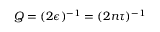
Q = ( 2 \epsilon ) ^ { - 1 } = ( 2 n \tau ) ^ { - 1 }